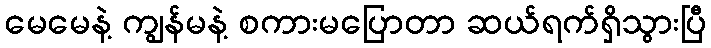
မေမေနဲ့ ကျွန်မနဲ့ စကားမပြောတာ ဆယ်ရက်ရှိသွားပြီ